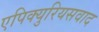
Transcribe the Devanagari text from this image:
एपिक्युरियसवाद